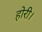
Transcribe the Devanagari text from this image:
होरी।